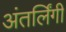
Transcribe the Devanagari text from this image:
अंतर्लिंगी